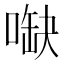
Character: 𠺋